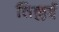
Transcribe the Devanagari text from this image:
तिल्लई